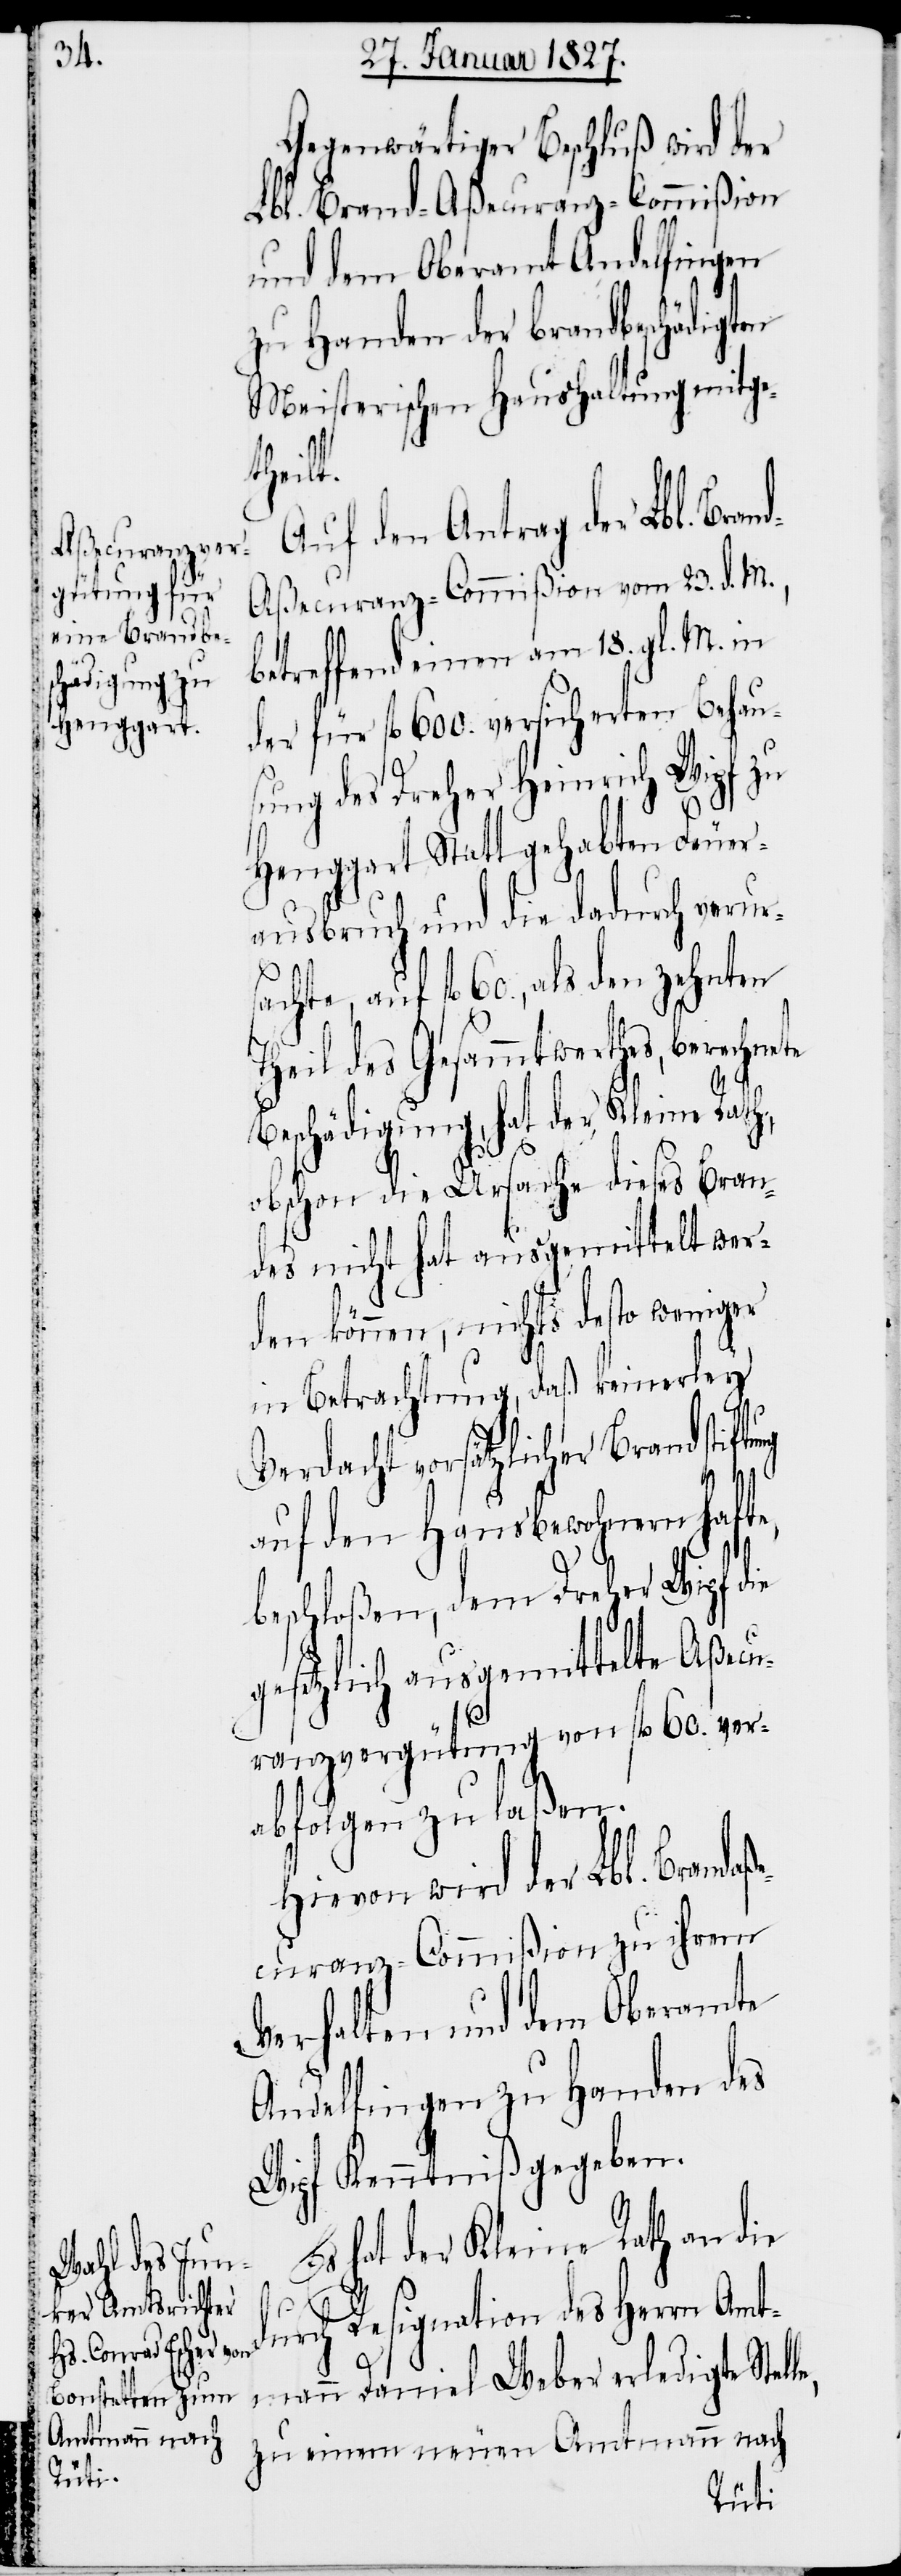
Gegenwärtiger Beschluß wird der
Lbl. Brand-Aßecuranz-Commißion
und dem Oberamt Andelfingen
zu Handen der Brandbeschädigten
Meisterischen Haushaltung mitge¬
theilt.
Auf den Antrag der Lbl. Bra¬
nd-Aßecuranz-Commißion vom 23. d. M.,
betreffend einen am 18. gl. M. in
der für fl. 600. versicherten Behau¬
sung des Dreher Heinrich Wipf zu
Henggart Statt gehabten Feuer¬
ausbruch und die dadurch verur¬
sachte, auf fl. 60., als den
Theil des Gesammtwerthes, berech¬
Beschädigung, hat der Kleine Rath,
obschon die Ursache dieses Bran¬
des nicht hat ausgemittelt wer¬
den können, nichts desto weniger
in Betrachtung, daß keinerley
Verdacht vorsätzlicher Brandstift¬
le,
auf den Hausbewohnern hafte,
beschloßen, dem Dreher Wipf d¬
gesetzlich ausgemittelte Aßecu¬
ranzvergütung von fl. 60. ver¬
abfolgen zu laßen.
Hievon wird der Lbl. Brand¬
curanz-Commißion zu ihrem
Verhalten und dem Oberamte
Andelfingen zu Handen des
Wipf Kenntniß gegeben.
hat der Kleine Rath an die
durch Resignation des Herrn Amt¬
mann Daniel Weber erledigte Stel¬
zu einem neuen Amtmann nach